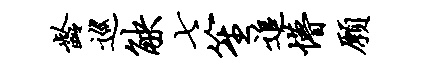
龄巡觖七笙追懵愿